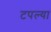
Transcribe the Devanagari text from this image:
टपल्या